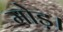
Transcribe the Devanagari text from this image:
मोड़।